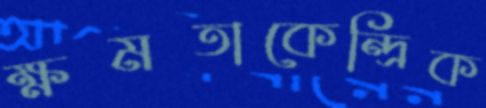
ক্ষমতাকেন্দ্রিক